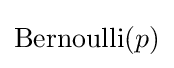
\operatorname {Bernoulli} (p)